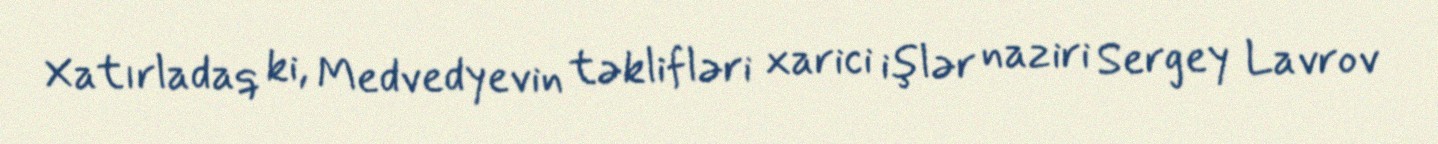
Xatırladaq ki, Medvedyevin təklifləri xarici işlər naziri Sergey Lavrov